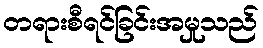
တရားစီရင်ခြင်းအမှုသည်